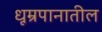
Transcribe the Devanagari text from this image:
धूम्रपानातील